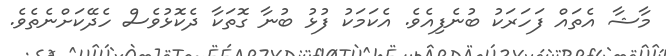
މާޝާ އެތައް ފަހަރަކު ބުނެފިއެވެ. އެކަމަކު ފުޅު ބުނާ ގޮތަކާ ދެކޮޅުވެސް ހެދޭކަށްނެތެވެ.